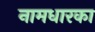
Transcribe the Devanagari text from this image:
नामधारका